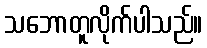
သဘောတူလိုက်ပါသည်။